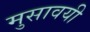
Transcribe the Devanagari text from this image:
मुसावयी